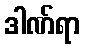
ဒါဏ်ရာ